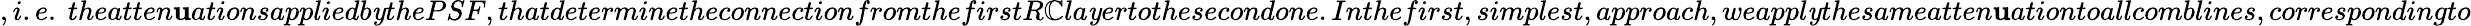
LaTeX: ,i.e.\ theatten\mathbf{u}ationsappliedb\mathit{y}thePSF,thatdeterminetheconnectionfromthefirstR\mathbb{C}la\mathit{y}ertothesecondone.Inthefirst,simplest,approach,weappl\mathit{y}thesameatten\mathbf{u}ationtoallcomblines,correspondingto